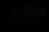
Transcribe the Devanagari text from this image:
आंर्गैनिक